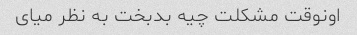
اونوقت مشکلت چیه بدبخت به نظر میای